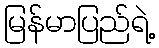
မြန်မာပြည်ရဲ့